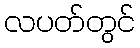
လပတ်တွင်